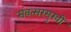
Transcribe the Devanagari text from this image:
संवत्सरमुखी